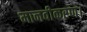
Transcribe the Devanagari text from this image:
मानवीकरण।